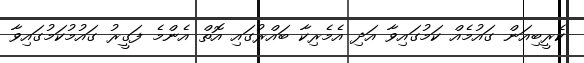
ކެރީބިއަން ގައުމެއް ކަމުގައިވާ އަދި އެމެރިކާ ބައްރުގައި އޮތް އެންމެ ފަގީރު ގައުމުކަމުގައިވާ